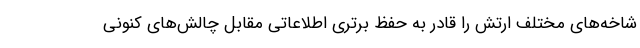
شاخه‌های مختلف ارتش را قادر به حفظ برتری اطلاعاتی مقابل چالش‌های کنونی